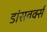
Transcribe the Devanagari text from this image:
डांसवर्क्स